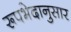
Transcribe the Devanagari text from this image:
रूपभेदानुसार